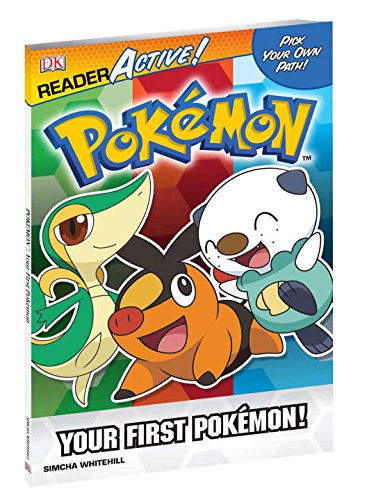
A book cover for Pokemon ReaderActive: Your First Pokemon (DK Reader: Active!); BradyGames; Computers & Technology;